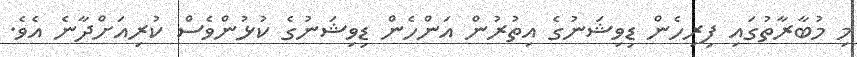
މި މުބާރާތުގައި ފިރިހެން ޑިވިޝަނުގެ އިތުރުން އަންހެން ޑިވިޝަނުގެ ކުޅުންވެސް ކުރިއަށްދާނެ އެވެ.